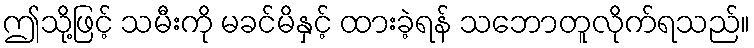
ဤသို့ဖြင့် သမီးကို မခင်မိနှင့် ထားခဲ့ရန် သဘောတူလိုက်ရသည်။